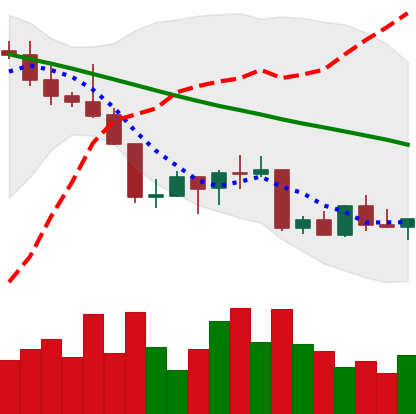
Ticker: NEO-USD
Chart end date: 2022-09-01
Forward return: -6.71%
Label: down_5_7